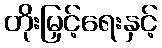
တိုးမြှင့်ရေးနှင့်